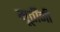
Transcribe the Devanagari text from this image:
मूर्तींनी